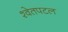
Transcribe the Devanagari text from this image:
श्‍वेतपटल